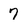
Character: 7